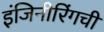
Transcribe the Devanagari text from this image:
इंजिनीरिंगची